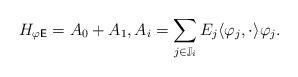
LaTeX: \begin{align*}H_{{\varphi}\sf E}=A_0+A_1, A_i=\sum_{j\in\mathbb{J}_i}E_j\langle \varphi_j, \cdot \rangle\varphi_j.\end{align*}